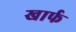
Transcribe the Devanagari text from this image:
खार्फ